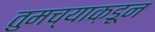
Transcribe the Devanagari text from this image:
तुमच्याक़डून